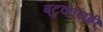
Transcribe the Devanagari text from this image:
बटुकायह्रीं